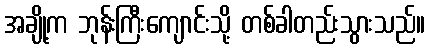
အချို့က ဘုန်းကြီးကျောင်းသို့ တစ်ခါတည်းသွားသည်။